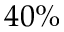
4 0 \%